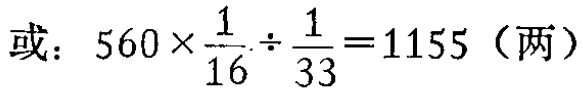
或：\(560\times\frac{1}{16}\div\frac{1}{33}=1155\)（两）